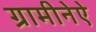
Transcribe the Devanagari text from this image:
ग्रामीनेऐ